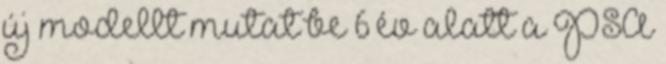
új modellt mutat be 6 év alatt a PSA